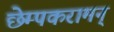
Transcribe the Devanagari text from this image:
छेम्पकरामन्